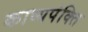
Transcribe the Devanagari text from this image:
काव्यपंक्ति